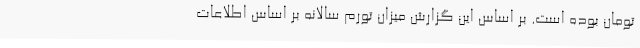
تومان بوده است. بر اساس این گزارش میزان تورم سالانه بر اساس اطلاعات